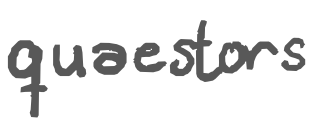
Text: quaestors
Cross-out: clean
Writing tool: digital_gray